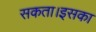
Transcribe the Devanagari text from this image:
सकता।इसका